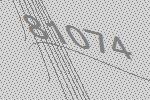
81074